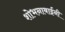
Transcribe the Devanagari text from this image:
शोभनाबाईंनी